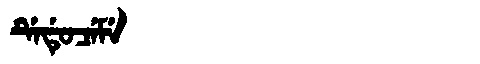
Manchu: ᡩᡝᡩᡠᠴᡝᠮᡝ
Romanization: DEDUCEME